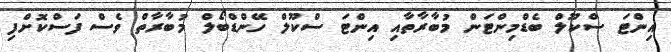
އިންޓަ ސްކޫލް ބެޑްމިންޓަން މުބާރާތާއި އިންޓަ ސްކޫލް ހޭންޑްބޯލް މުބާރާތް ވެސް ފަސްކޮށްފި